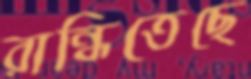
রান্ধিতেছে